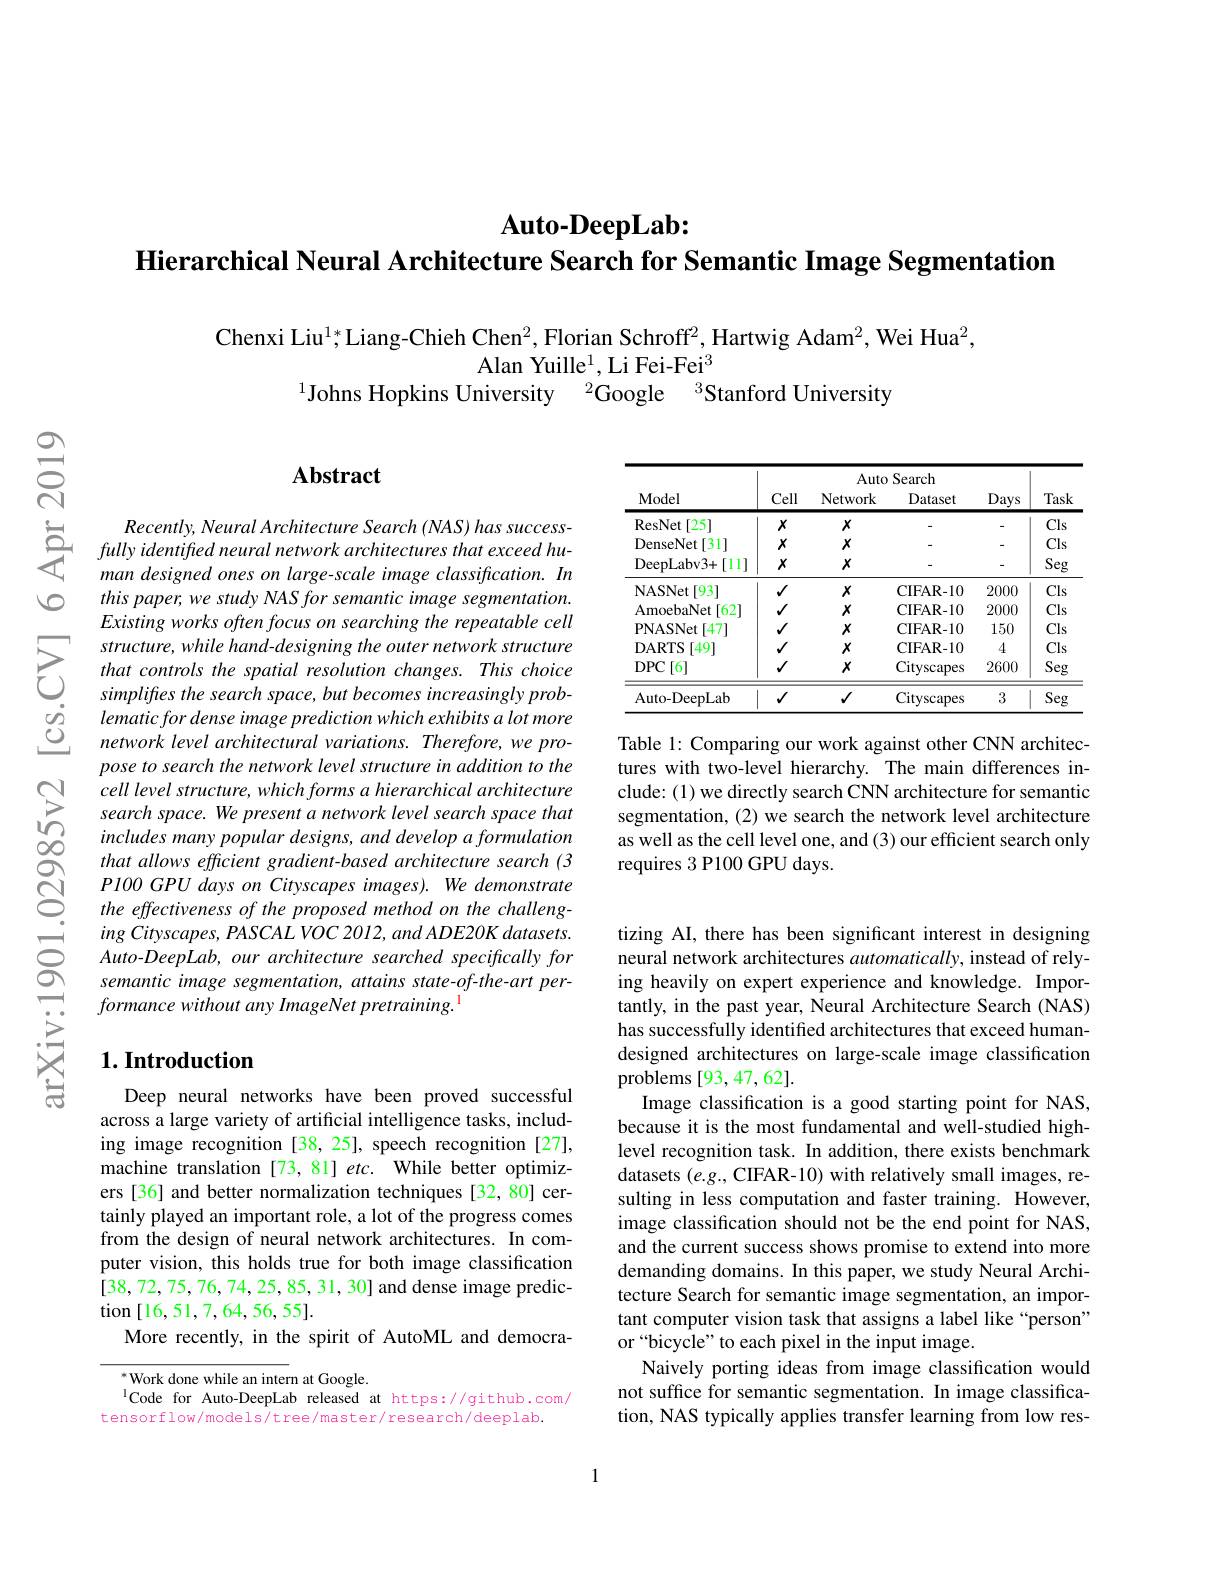
$\textbf{Auto- DeepLab: }$
Hierarchical Neural Architecture Search for Semantic Image Segmentation

Chenxi Liu$^{1*}$Liang-Chieh Chen$^2$,Florian Schroff$^2$,Hartwig Adam$^2$,Wei Hua$^2$,
Alan Yuille$^1$,Li Fei-Fei$^3$
$^{1}$Johns Hopkins University $^{2}$Google $^{3}$Stanford University

$స్సి$

0

## $\mathbf{Abstract}$

Recently, Neural Architecture Search ( NAS) has success- fully identifed neural network architectures that exceed hu- man desiened ones on large- scale image classification. In
man designed ones on large-scale image classification. In this paper, we study NAS for semantic image segmentation. Existingworksoftenfocusonsearchingtherepeatablecell
$\sum_{\begin{array}{ccc}&structure,while\:hand-designing\:the\:outer\:network\:structure\\&that\:controls\:the\:spatial\:resolution\:changes.\:This\:choice\\&simpliftes\:the\:search\:space,\:but\:becomes\:increasingly\:prob-\end{array}}$
lematic for dense image prediction which exhibits a lot more network level architectural variations. Therefore, we propose to search the network level structure in addition to the cell level structure, which forms a hierarchical architecture search space. We present a network level search space that includes many popular designs, and develop a formulation that allows efficient gradient-based architecture search (3 P100 GPU days on Cityscapes images). We demonstrate the effectiveness of the proposed method on the challeng- $ing\textit{ Cityscapes, PASCAL VOC 2012, and ADE20K datasets. }$ Auto-DeepLab, our architecture searched specifically for semantic image segmentation, attains state-of-the-art performance without any ImageNet pretraining.

## $1. \textbf{Introduction}$

Deep neural networks have been proved successful across a large variety of artificial intelligence tasks, including image recognition [38,25], speech recognition [27], machine translation [73, 81] etc. While better optimizers [36] and better normalization techniques [32, 80] certainly played an important role, a lot of the progress comes from the design of neural network architectures. In computer vision, this holds true for both image classification [38,72,75,76,74,25,85,31,30] and dense image predic- $\tan[16,51,7,64,56,55].$
More recently, in the spirit of AutoML and democra-

$^{*}$Work done while an intern at Google.
$^{\mathrm{l}}$Code for Auto-DeepLab released at https://github.com/
tensorflow/models/tree/master/research/deeplab.

<table>
	<tbody>
		<tr>
			<th rowspan="3">Model</th>
			<th>Cell</th>
			<th>Autc Network</th>
			<th>Search Dataset</th>
			<th>$\underline{\mathrm{Days}}$</th>
			<th rowspan="3">Task</th>
		</tr>
		<tr>
			<th colspan="4">Auto Search</th>
		</tr>
		<tr>
			<th>Cell</th>
			<th>Network</th>
			<th>Dataset</th>
			<th>$\underline{\mathrm{Days}}$</th>
		</tr>
		<tr>
			<td>ResNet [25]</td>
			<td>$x$</td>
			<td>$X$</td>
			<td> </td>
			<td> </td>
			<td>Cls</td>
		</tr>
		<tr>
			<td>DenseNet [31]</td>
			<td>$x$</td>
			<td>$X$</td>
			<td> </td>
			<td>-</td>
			<td>Cls</td>
		</tr>
		<tr>
			<td>+[11] DeepLabv3+ </td>
			<td>$x$</td>
			<td>$X$</td>
			<td> </td>
			<td>-</td>
			<td>Seg</td>
		</tr>
		<tr>
			<td>NASNet [93]</td>
			<td>$√$</td>
			<td>$X$</td>
			<td>CIFAR- 10</td>
			<td>2000</td>
			<td>Cls</td>
		</tr>
		<tr>
			<td>AmoebaNet [62</td>
			<td>$√$</td>
			<td>$X$</td>
			<td>CIFAR- 10</td>
			<td>2000</td>
			<td>Cls</td>
		</tr>
		<tr>
			<td>PNASNet [47]</td>
			<td>$√$</td>
			<td>$X$</td>
			<td>CIFAR- 10</td>
			<td>150</td>
			<td>Cls</td>
		</tr>
		<tr>
			<td>DARTS [49]</td>
			<td>$√$</td>
			<td>$X$</td>
			<td>CIFAR- 10</td>
			<td>4</td>
			<td>Cls</td>
		</tr>
		<tr>
			<td>DPC$\left [ 6\right ]$</td>
			<td>$√$</td>
			<td>$X$</td>
			<td>Cityscapes</td>
			<td>2600</td>
			<td>Seg</td>
		</tr>
		<tr>
			<td>Auto-DeepLab</td>
			<td>$√$</td>
			<td>$√$</td>
			<td>Cityscapes</td>
			<td>3</td>
			<td>Seg</td>
		</tr>
	</tbody>
</table>

Table 1: Comparing our work against other CNN architectures with two-level hierarchy. The main differences include: (1) we directly search CNN architecture for semantic segmentation, (2) we search the network level architecture as well as the cell level one, and (3) our efficient search only requires 3 P100 GPU days.

tizing AI, there has been significant interest in designing neural network architectures $automatically$, instead of relying heavily on expert experience and knowledge. Importantly, in the past year, Neural Architecture Search (NAS) has successfully identified architectures that exceed humandesigned architectures on large-scale image classification problems [93,47,62].
Image classification is a good starting point for NAS, because it is the most fundamental and well-studied highlevel recognition task. In addition, there exists benchmark datasets $(e.g.$, CIFAR-10) with relatively small images, resulting in less computation and faster training. However, image classification should not be the end point for NAS, and the current success shows promise to extend into more demanding domains. In this paper, we study Neural Architecture Search for semantic image segmentation, an important computer vision task that assigns a label like“person” or “bicycle”to each pixel in the input image.
Naively porting ideas from image classification would not suffice for semantic segmentation. In image classification, NAS typically applies transfer learning from low res-

1